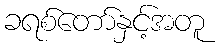
ခရစ်တော်နှင့်အတူ